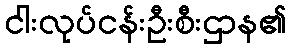
ငါးလုပ်ငန်းဦးစီးဌာန၏